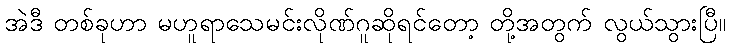
အဲဒီ တစ်ခုဟာ မဟူရာသေမင်းလိုဏ်ဂူဆိုရင်တော့ တို့အတွက် လွယ်သွားပြီ။